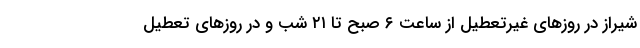
شیراز در روز‌های غیرتعطیل از ساعت ۶ صبح تا ۲۱ شب و در روز‌های تعطیل